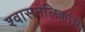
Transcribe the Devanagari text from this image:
श्वासनलिकांचा